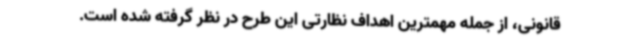
قانونی، از جمله مهمترین اهداف نظارتی این طرح در نظر گرفته شده است.